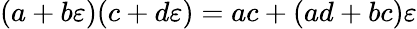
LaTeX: (a+b\varepsilon)(c+d\varepsilon)=ac+(ad+bc)\varepsilon